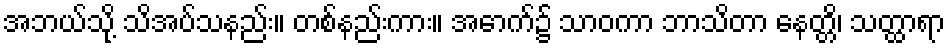
အဘယ်သို့ သိအပ်သနည်း။ တစ်နည်းကား။ အောက်၌ သာဝကာ ဘာသိတာ နေတ္တိ၊ သတ္ထာရာ